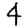
Digit: 4